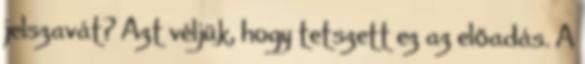
jelszavát? Azt véljük, hogy tetszett ez az előadás. A